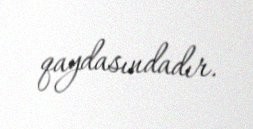
qaydasındadır.